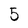
Character: 5